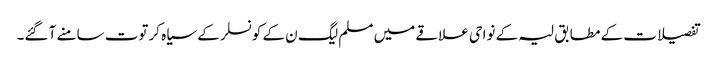
تفصیلات کے مطابق لیہ کے نواحی علاقے میں مسلم لیگ ن کے کونسلر کے سیاہ کرتوت سامنے آ گئے۔